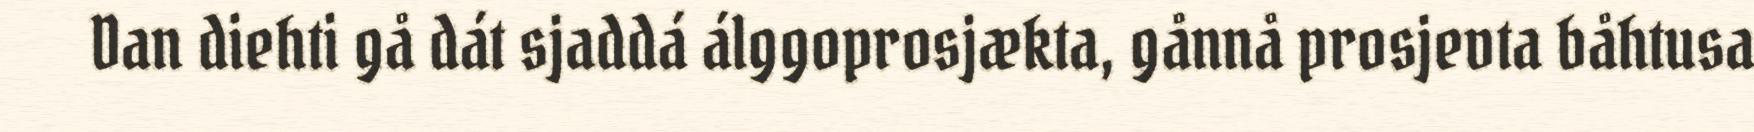
Dan diehti gå dát sjaddá álggoprosjækta, gånnå prosjevta båhtusa